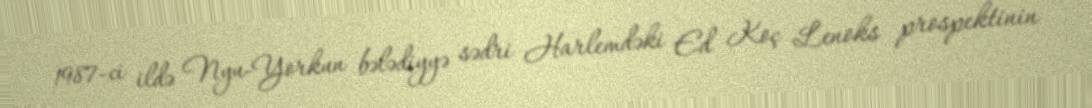
1987-ci ildə Nyu-Yorkun bələdiyyə sədri Harlemdəki Ed Koç Lenoks prospektinin